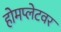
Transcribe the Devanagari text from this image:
होमप्लेटवर